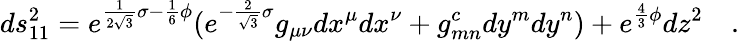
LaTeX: ds_{11}^{2}=e^{\frac{1}{2\sqrt{3}}\sigma-\frac{1}{6}\phi}(e^{-\frac{2}{\sqrt{3}}\sigma}g_{\mu\nu}dx^{\mu}dx^{\nu}+g_{mn}^{c}dy^{m}dy^{n})+e^{\frac{4}{3}\phi}dz^{2}\quad.